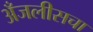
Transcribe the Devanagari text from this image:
अँजलीसचा